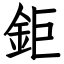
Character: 鉅